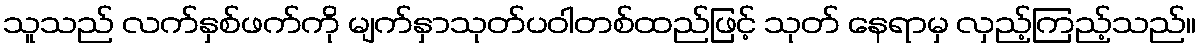
သူသည် လက်နှစ်ဖက်ကို မျက်နှာသုတ်ပဝါတစ်ထည်ဖြင့် သုတ် နေရာမှ လှည့်ကြည့်သည်။